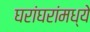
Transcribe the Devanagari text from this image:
घरांघरांमध्ये